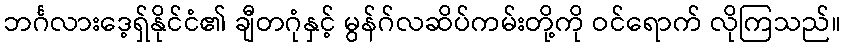
ဘင်္ဂလားဒေ့ရှ်နိုင်ငံ၏ ချီတဂုံနှင့် မွန်ဂ်လဆိပ်ကမ်းတို့ကို ဝင်ရောက် လိုကြသည်။